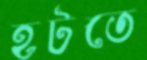
হটতে